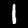
Label: 1